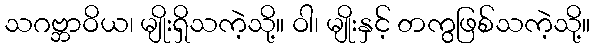
သဂဗ္ဘာဝိယ၊ မျိုးရှိသကဲ့သို့။ ဝါ၊ မျိုးနှင့် တကွဖြစ်သကဲ့သို့။